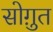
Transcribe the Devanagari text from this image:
सोग़ुत